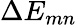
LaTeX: \Delta E_{mn}